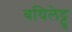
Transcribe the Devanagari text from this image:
बयिलेट्टु